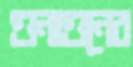
গুনাগুনের